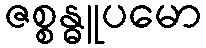
ဇစ္စန္ဓူပမော